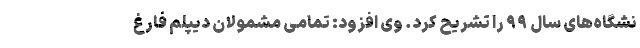
نشگاه‌های سال ۹۹ را تشریح کرد. وی افزود: تمامی مشمولان دیپلم فارغ